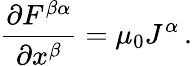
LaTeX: {\frac{\partial F^{\beta\alpha}}{\partial x^{\beta}}}=\mu_{0}J^{\alpha}\, .